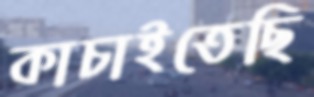
কাচাইতেছি